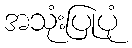
အသုံးပြုပုံ